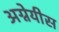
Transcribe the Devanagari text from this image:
अग्नेयीस